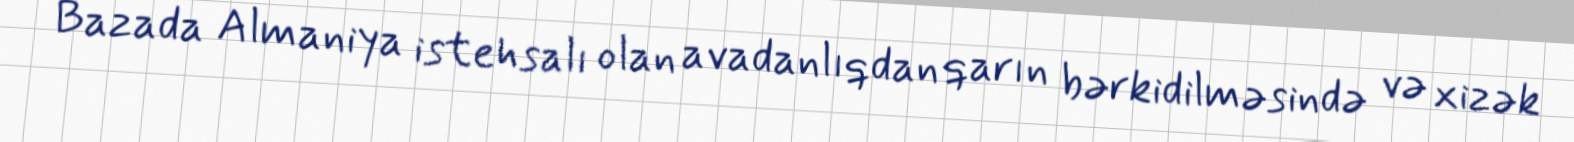
Bazada Almaniya istehsalı olan avadanlıqdan qarın bərkidilməsində və xizək